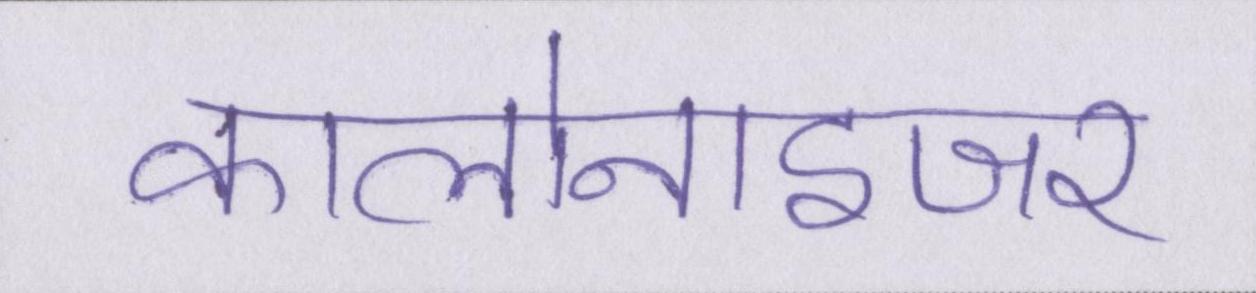
कालोनाइजर